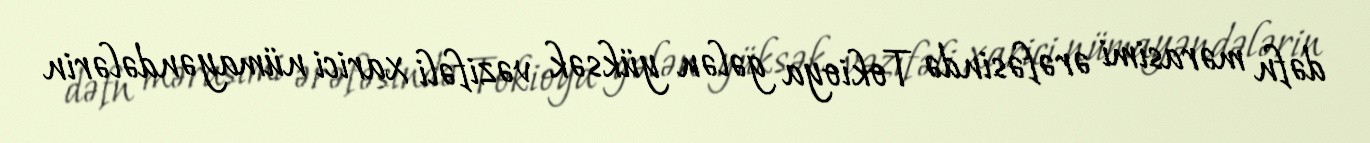
dəfn mərasimi ərəfəsində Tokioya gələn yüksək vəzifəli xarici nümayəndələrin